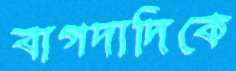
বাগদাদিকে